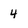
Character: 4